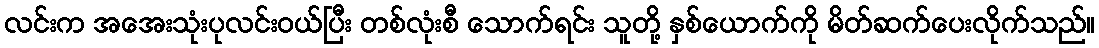
လင်းက အအေးသုံးပုလင်းဝယ်ပြီး တစ်လုံးစီ သောက်ရင်း သူတို့ နှစ်ယောက်ကို မိတ်ဆက်ပေးလိုက်သည်။